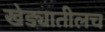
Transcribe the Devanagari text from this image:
खेड्यातीलच